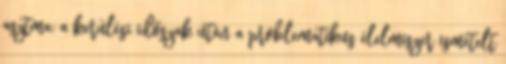
asztma: a kerülési időszak után a problematikus élelmiszer ismételt